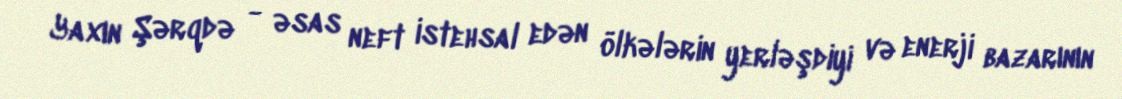
Yaxın Şərqdə - əsas neft istehsal edən ölkələrin yerləşdiyi və enerji bazarının